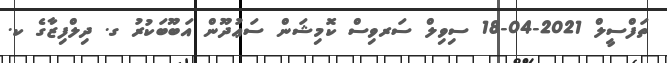
ތަފްސީލް 2021-04-18 ސިވިލް ސަރވިސް ކޮމިޝަން ސަޢުދޫން އަބޫބަކުރު ގ. ދިލްފިޒާގެ ކ.